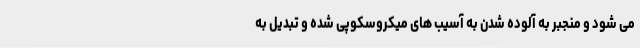
می شود و منجبر به آلوده شدن به آسیب های میکروسکوپی شده و تبدیل به